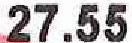
27.55